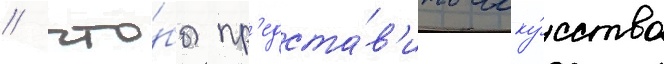
/ что́бы пр'едста́в'ить иску́сство